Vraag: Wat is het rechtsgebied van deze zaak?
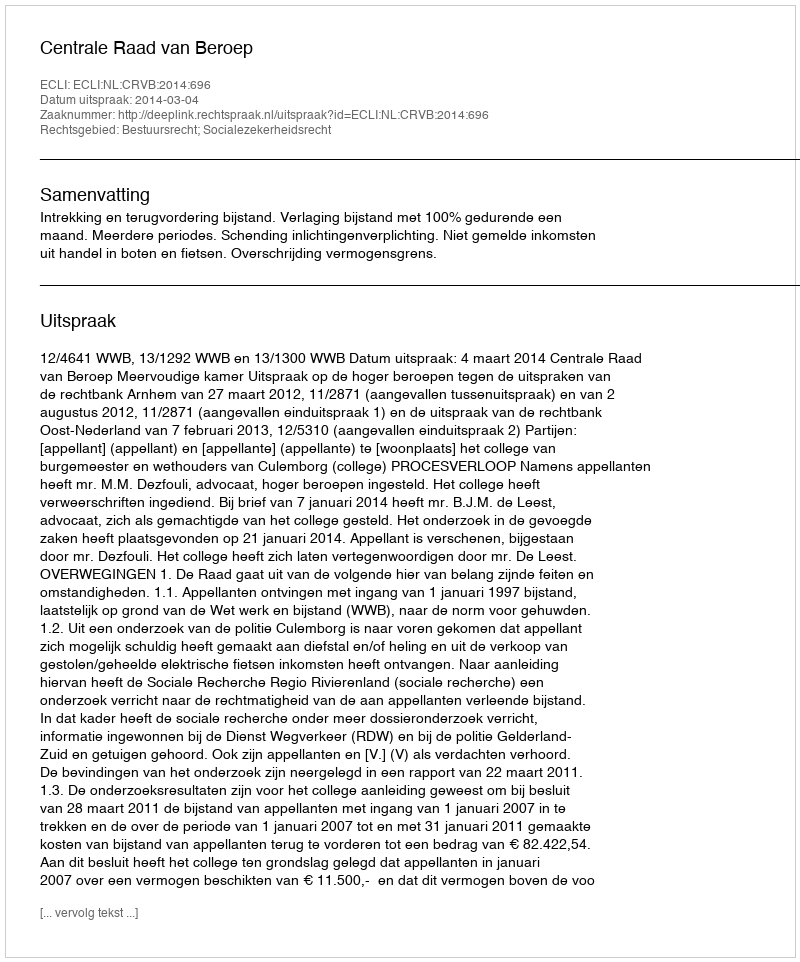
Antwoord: Bestuursrecht; Socialezekerheidsrecht